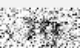
19